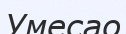
Умесао